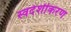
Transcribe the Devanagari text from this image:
स्वदेशीकरण